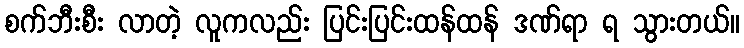
စက်ဘီးစီး လာတဲ့ လူကလည်း ပြင်းပြင်းထန်ထန် ဒဏ်ရာ ရ သွားတယ်။